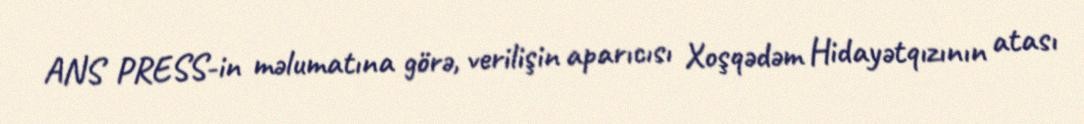
ANS PRESS-in məlumatına görə, verilişin aparıcısı Xoşqədəm Hidayətqızının atası